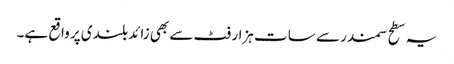
یہ سطح سمندر سے سات ہزار فٹ سے بھی زائد بلندی پر واقع ہے۔